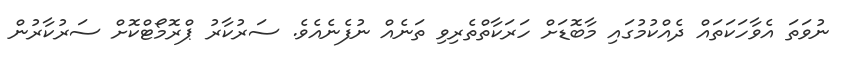
ނުވަތަ އެވާހަކަތައް ދެއްކުމުގައި މާބޮޑަށް ހަރަކާތްތެރިވި ތަނެއް ނުފެނެއެެވެ. ސަރުކާރު ޕްރޮމޯޓްކޮށް ސަރުކާރުން